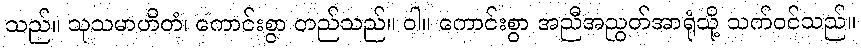
သည်။ သုသမာဟိတံ၊ ကောင်းစွာ တည်သည်။ ဝါ။ ကောင်းစွာ အညီအညွတ်အာရုံသို့ သက်ဝင်သည်။